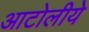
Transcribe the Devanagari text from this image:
आटोलीये